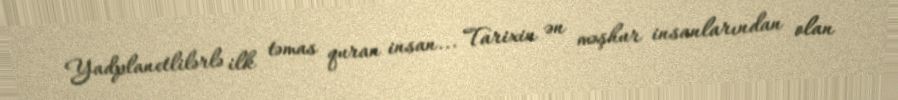
Yadplanetlilərlə ilk təmas quran insan... Tarixin ən məşhur insanlarından olan